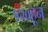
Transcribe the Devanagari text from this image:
१२०हून